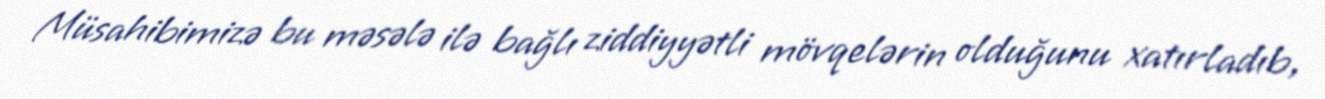
Müsahibimizə bu məsələ ilə bağlı ziddiyyətli mövqelərin olduğunu xatırladıb,